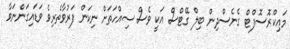
މައިކްރޮސޮފްޓް ގެނެސްދިން ބިލް ގޭޓްސް އަކީ ވެސް ސިއްހަތަށް ނިކަން ފަރުވާތެރިވެ ވަޑައިގަންނަވާ